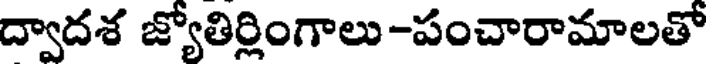
ద్వాదశ జ్యోతిర్లింగాలు -పంచారామాలతో